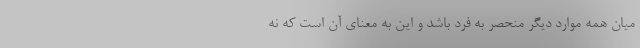
ميان همه موارد ديگر منحصر به فرد باشد و اين به معناي آن است كه نه